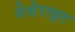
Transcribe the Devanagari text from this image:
गेसेराइट